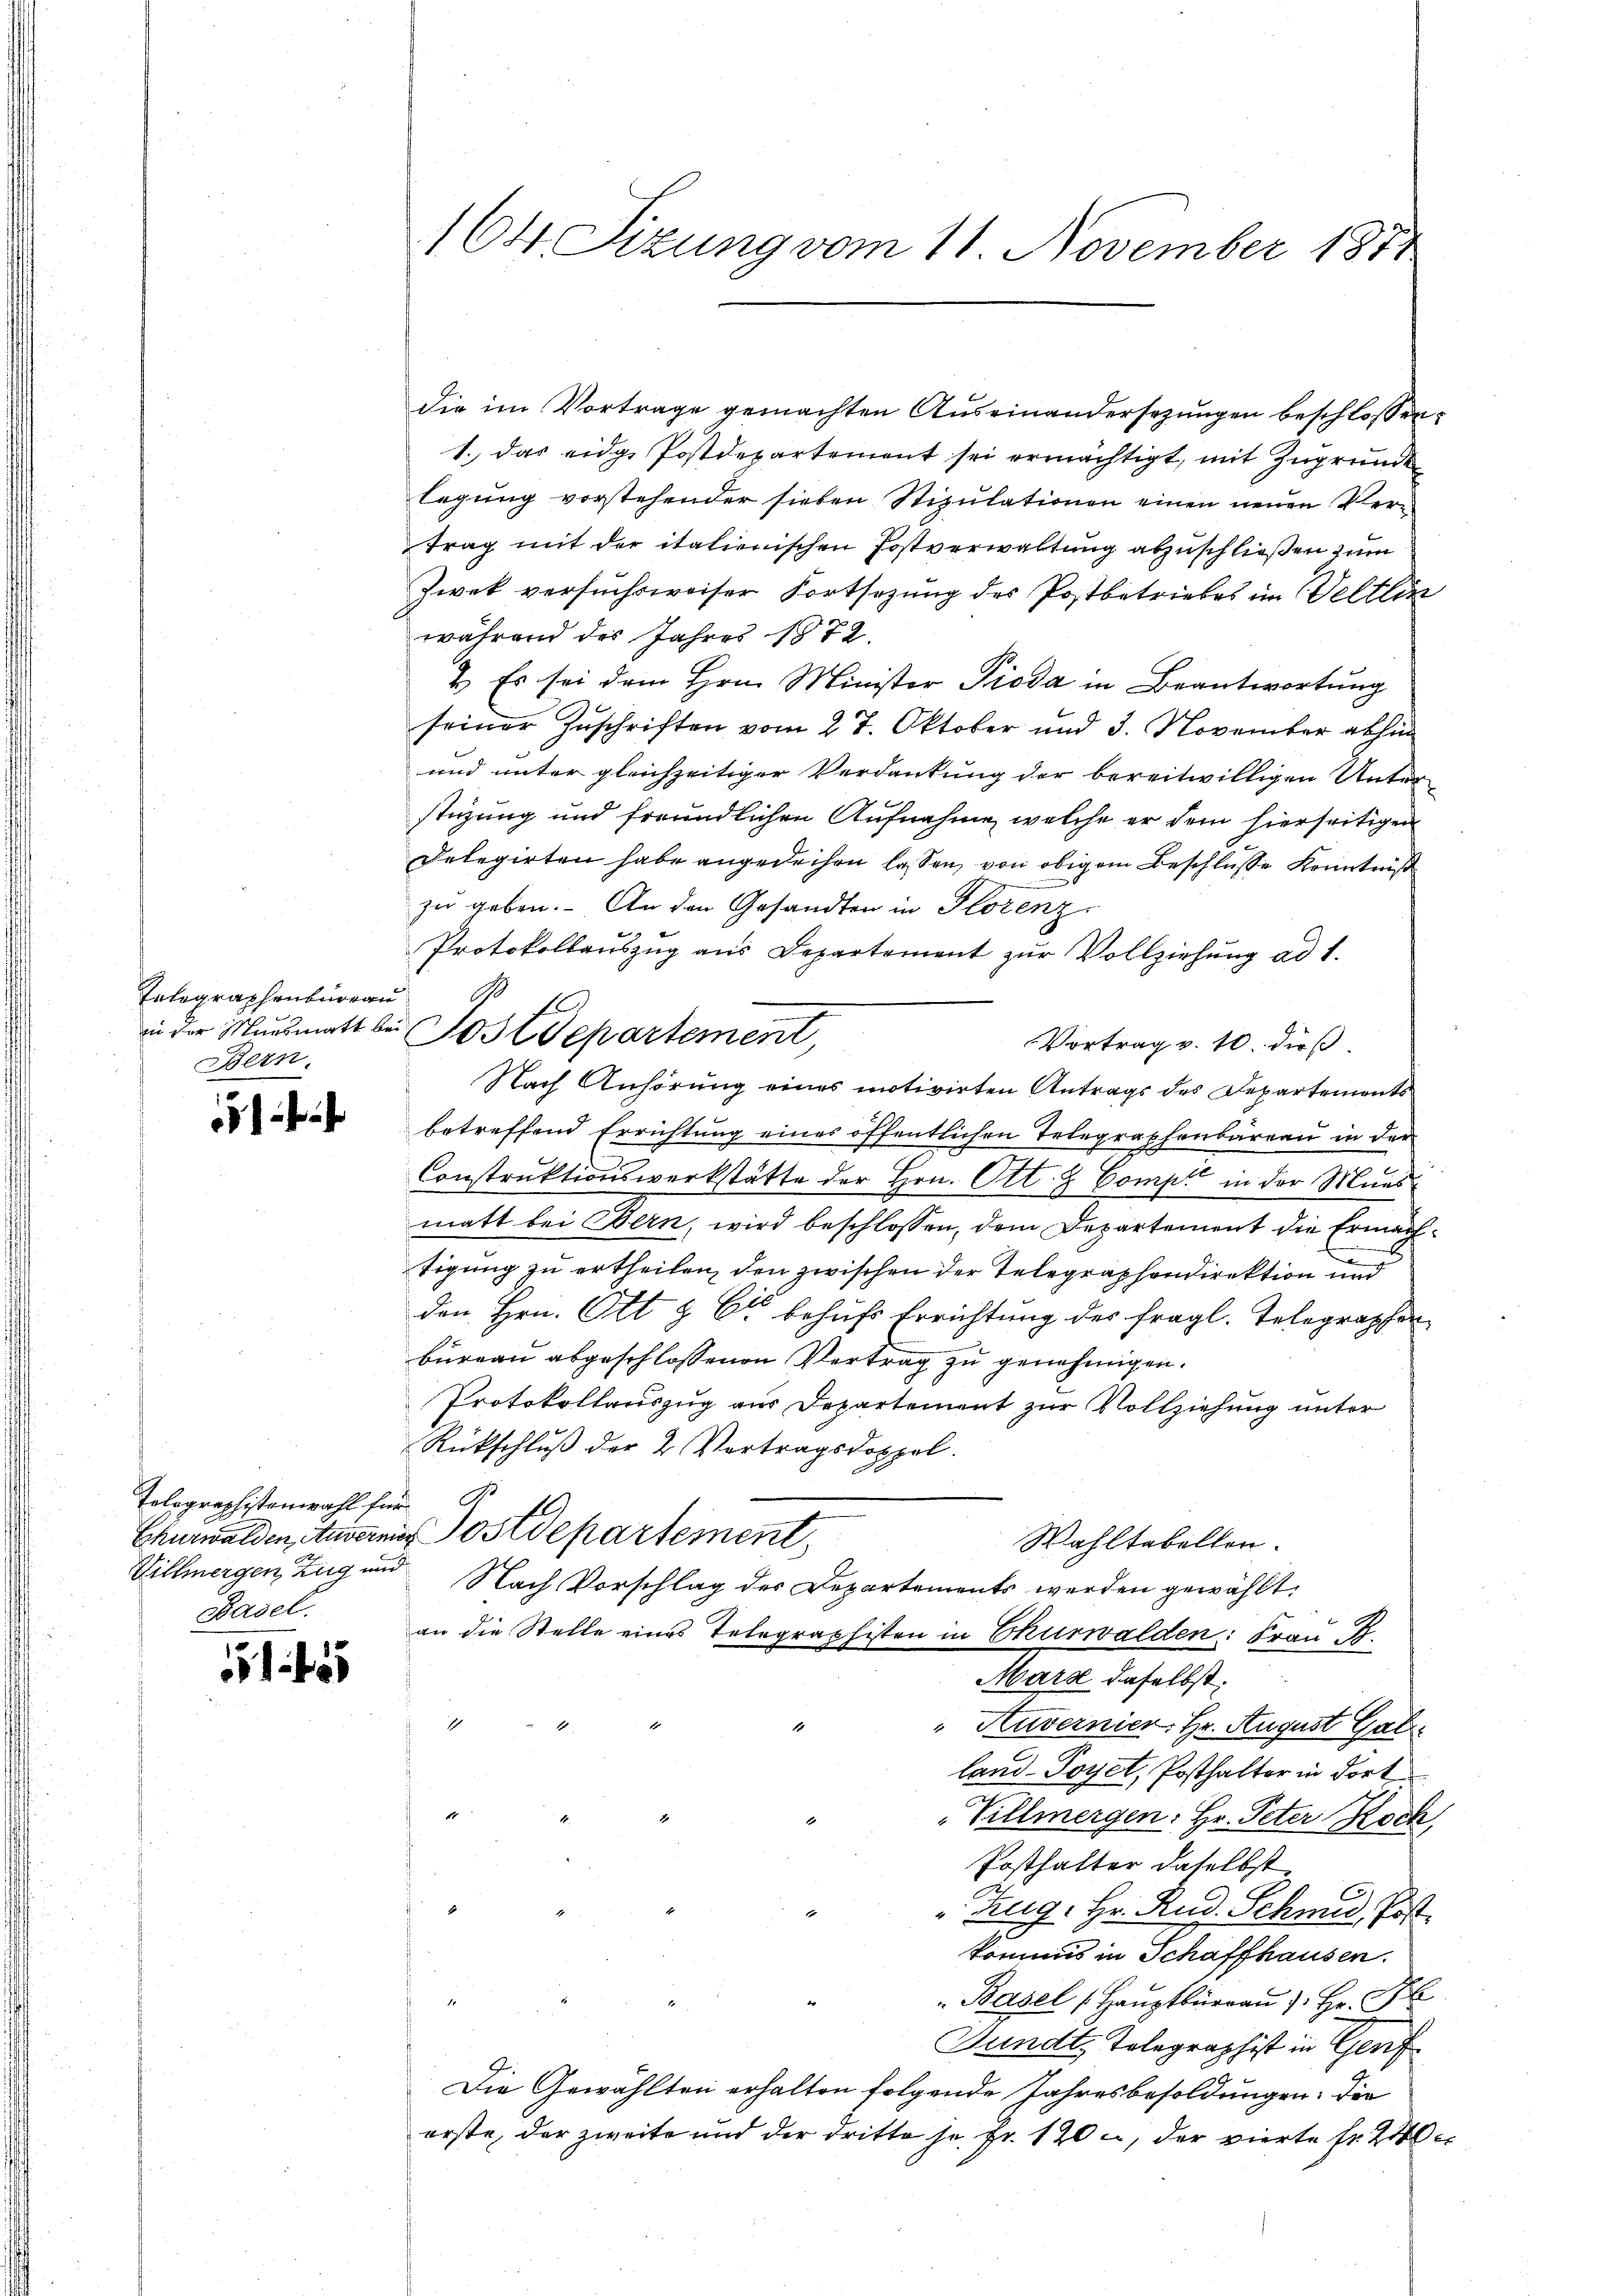
Integraphenbureau
Bern.

7

Tolegraphistenwahl für
Hillmergen Zug und
Basel.

45

164 Sizung vom 11. November 1871

die im Vortrage gemachten Auseinandersezungen beschlossen:
1. das eidg. Postdepartement sei ermächtigt, mit Zugrunde
legung vorstehender sieben Stipulationen einen neuen Vertrag mit der italienischen Postverwaltung abzuschließen zum
Zwek versuchsweiser Fortsezung des Postbetriebes im Veltlin
während des Jahres 1872.
2. Es sei dem Hrn. Minister Pioda in Beantwortung
seiner Zuschriften vom 27. Oktober und 3. November abhin
und unter gleichzeitiger Verdautung der bereitwilligen Unter
stüzung und freundlichen Aufnahme, welche er dem hierseitigen
Delegirten habe angedeihen lassen, von obigem Beschlüsse Kenntniß
zu geben. An den Gesandten in Florenz
Protokollauszug aus Departement zur Vollziehung ad 1.
Vortrag v. 10. dieß.
Nach Anhörung eines motivirten Antrags des Departements
betreffend Errichtung eines öffentlichen Telegraphenbureau in der
Construktionswerkstätte der Hrn. Ott & Comp. in der Maasmatt bei Bern, wird beschlossen, dem Departement die Ermächtigung zu ertheilen, den zwischen der Telegraphondirektion und
den Hrn. Ott & Er behufs Errichtung des fragl. Telegraphen
büreau abgeschlossenen Vertrag zu genehmigen.
Protokollauszug aus Departement zur Vollziehung unter
Rückschluß der 2 Vortragsdoppel.
Churwalden, Anderen Postdepartement,
Wahltabellen.
Nach Vorschlag des Departements werden gewählt:
an die Stelle eines Telegraphisten in Churwalden: Frau B.
Marz daselbst:
"Huvernier, Hr. August Gal
land-Poyel, Posthalter in dort
Villmergen: Hr. Peter Rock,
Posthalter daselbst
Zug. Hr. Rud. Schmid, Post.
kommis in Schaffhausen.
"Basel (Hauptbüraŭ ): Hr. A
Sundt, Telegraphist in Genf
Die Gewählten erhalten folgende Jahresbesoldungen: Die
erste, der zweite und der dritte so, Fr. 120 c, der vierte Fr. 240

B 16.
in der Muesmatt bei Post Separtement